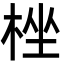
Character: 㭫